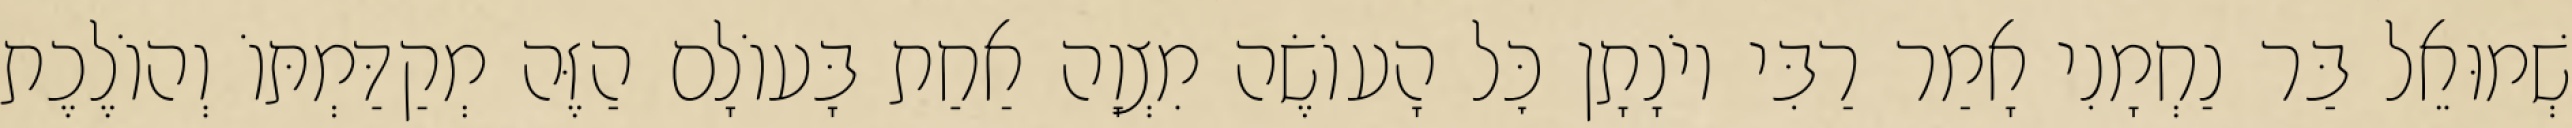
שְׁמוּאֵל בַּר נַחְמָנִי אָמַר רַבִּי יוֹנָתָן כׇּל הָעוֹשֶׂה מִצְוָה אַחַת בָּעוֹלָם הַזֶּה מְקַדַּמְתּוֹ וְהוֹלֶכֶת